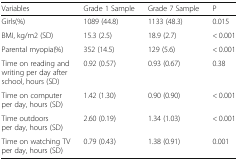
<table><thead><tr><td><b>Variables</b></td><td><b>Grade 1 Sample</b></td><td><b>Grade 7 Sample</b></td><td><b>P</b></td></tr></thead><tbody><tr><td>Girls(%)</td><td>1089 (44.8)</td><td>1133 (48.3)</td><td>0.015</td></tr><tr><td>BMI, kg/m2 (SD)</td><td>15.3 (2.5)</td><td>18.9 (2.7)</td><td>&lt; 0.001</td></tr><tr><td>Parental myopia(%)</td><td>352 (14.5)</td><td>129 (5.6)</td><td>&lt; 0.001</td></tr><tr><td>Time on reading and writing per day after school, hours (SD)</td><td>0.92 (0.57)</td><td>0.93 (0.67)</td><td>0.38</td></tr><tr><td>Time on computer per day, hours (SD)</td><td>1.42 (1.30)</td><td>0.90 (0.90)</td><td>&lt; 0.001</td></tr><tr><td>Time outdoors per day, hours (SD)</td><td>2.60 (0.19)</td><td>1.34 (1.03)</td><td>&lt; 0.001</td></tr><tr><td>Time on watching TV per day, hours (SD)</td><td>0.79 (0.43)</td><td>1.38 (0.91)</td><td>0.001</td></tr></tbody></table>